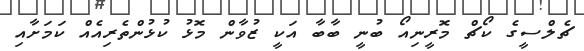
ޗެލްސީގެ ކޯޗް މޮރީނިއޯ ބުނީ ބާބާ އަކީ ޒުވާން މޮޅު ކުޅުންތެރިއެއް ކަމަށާއި